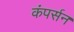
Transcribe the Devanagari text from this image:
कंपर्सन